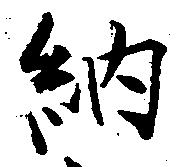
納